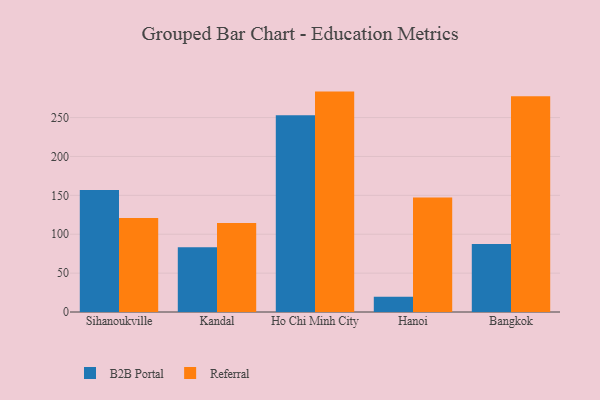
{"axis": {"x": "City", "y": "Humidity (%)"}, "legend": ["B2B Portal", "Referral"], "data": [{"x": "Sihanoukville", "y": 156.8, "type": "B2B Portal"}, {"x": "Sihanoukville", "y": 121.0, "type": "Referral"}, {"x": "Kandal", "y": 83.1, "type": "B2B Portal"}, {"x": "Kandal", "y": 114.6, "type": "Referral"}, {"x": "Ho Chi Minh City", "y": 252.9, "type": "B2B Portal"}, {"x": "Ho Chi Minh City", "y": 283.4, "type": "Referral"}, {"x": "Hanoi", "y": 19.7, "type": "B2B Portal"}, {"x": "Hanoi", "y": 147.2, "type": "Referral"}, {"x": "Bangkok", "y": 87.5, "type": "B2B Portal"}, {"x": "Bangkok", "y": 277.3, "type": "Referral"}]}